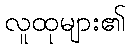
လူထုများ၏